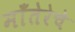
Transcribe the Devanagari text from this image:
माँतेरेचे